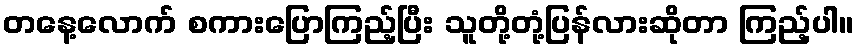
တနေ့လောက် စကားပြောကြည့်ပြီး သူတို့တုံ့ပြန်လားဆိုတာ ကြည့်ပါ။